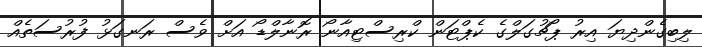
ލިބިގެންދިޔަ އިރު ޕޯޗުގަލްގެ ކެޕްޓަން ކްރިސްޓިއާނޯ ރޮނާލްޑޯ އަށް ވެސް ރަނގަޅު ފުރުސަތެއް